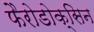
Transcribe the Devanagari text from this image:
फैरोडोक्सिन